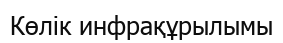
Көлік инфрақұрылымы